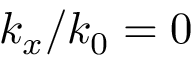
k _ { x } / k _ { 0 } = 0